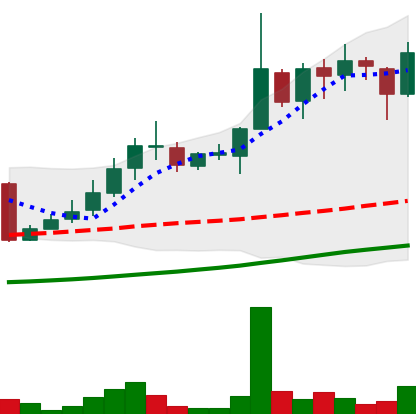
Ticker: LINK-USD
Chart end date: 2018-10-30
Forward return: 11.897%
Label: up_7plus